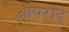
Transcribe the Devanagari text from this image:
आपराद